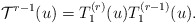
\begin{align*}{\cal T}^{r-1}(u)=T_{1}^{(r)}(u)T_{1}^{(r-1)}(u).\end{align*}